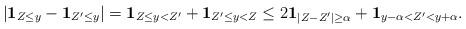
LaTeX: \begin{align*} |\mathbf{1}_{Z\le y} - \mathbf{1}_{Z'\le y}| =\mathbf{1}_{Z\le y< Z'}+\mathbf{1}_{Z' \le y <Z} \le2 \mathbf{1}_{|Z-Z'| \ge\alpha}+ \mathbf{1}_{ y-\alpha< Z' < y+\alpha}.\end{align*}